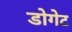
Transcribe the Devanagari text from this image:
डोगेट